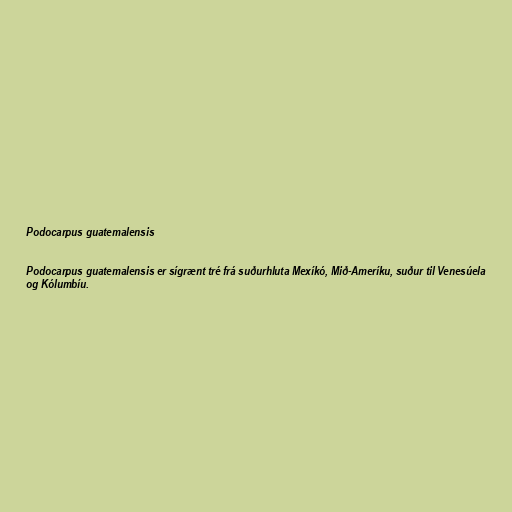
Podocarpus guatemalensis

Podocarpus guatemalensis er sígrænt tré frá suðurhluta Mexíkó, Mið-Ameríku, suður til Venesúela
og Kólumbíu.